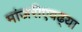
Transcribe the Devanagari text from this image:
मांजरीएवढ्या